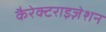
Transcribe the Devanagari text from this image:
कैरेक्टराइज़ेशन